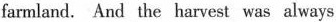
farmland. And the harvest was always